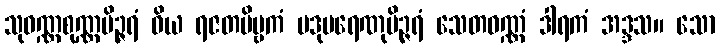
သုဝဏ္ဏစုဏ္ဏပိဉ္ဇရံ ဝိယ ရဇတဗိမ္ဗကံ ပဒုမရေဏုပိဉ္ဇရံ သေတဝဏ္ဏံ ဒါရကံ အဒ္ဒသ။ သော